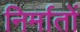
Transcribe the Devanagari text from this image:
निर्मातों